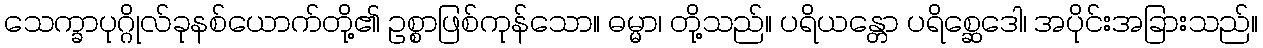
သေက္ခာပုဂ္ဂိုလ်ခုနစ်ယောက်တို့၏ ဥစ္စာဖြစ်ကုန်သော။ ဓမ္မာ၊ တို့သည်။ ပရိယန္တော ပရိစ္ဆေဒေါ၊ အပိုင်းအခြားသည်။